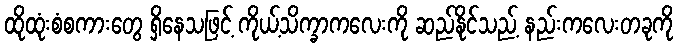
ထိုထုံးစံစကားတွေ ရှိနေသဖြင့် ကိုယ့်သိက္ခာကလေးကို ဆည်နိုင်သည့် နည်းကလေးတခုကို